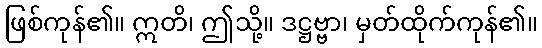
ဖြစ်ကုန်၏။ ဣတိ၊ ဤသို့။ ဒဋ္ဌဗ္ဗာ၊ မှတ်ထိုက်ကုန်၏။